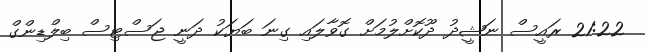
21:22 ރައީސް ނަޝީދު ދޫކޮށްލުމަށް ގޮވާލައި ގިނަ ބަޔަކު ދަނީ ޖަސްޓިސް ބިލްޑިންގް